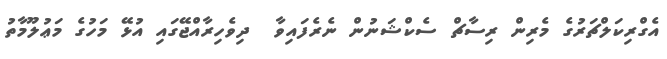
އެގްރިކަލްޗަރުގެ މެރިން ރިސާޗް ސެކްޝަނުން ނެރެފައިވާ  ދިވެހިރާއްޖޭގައި އުޅޭ މަހުގެ މަޢުލޫމާތު